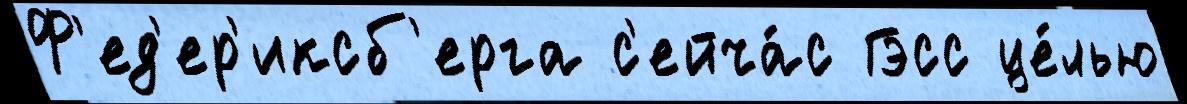
Ф'ед'ер'иксб'ерга с'ейча́с Гэсс це́лью